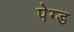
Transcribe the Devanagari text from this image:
पेग्ड